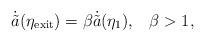
LaTeX: \begin{align*}\dot{\tilde{a}}(\eta_{\rm exit})=\beta\dot{\tilde{a}}(\eta_1) ,\;\;\;\beta>1 ,\end{align*}